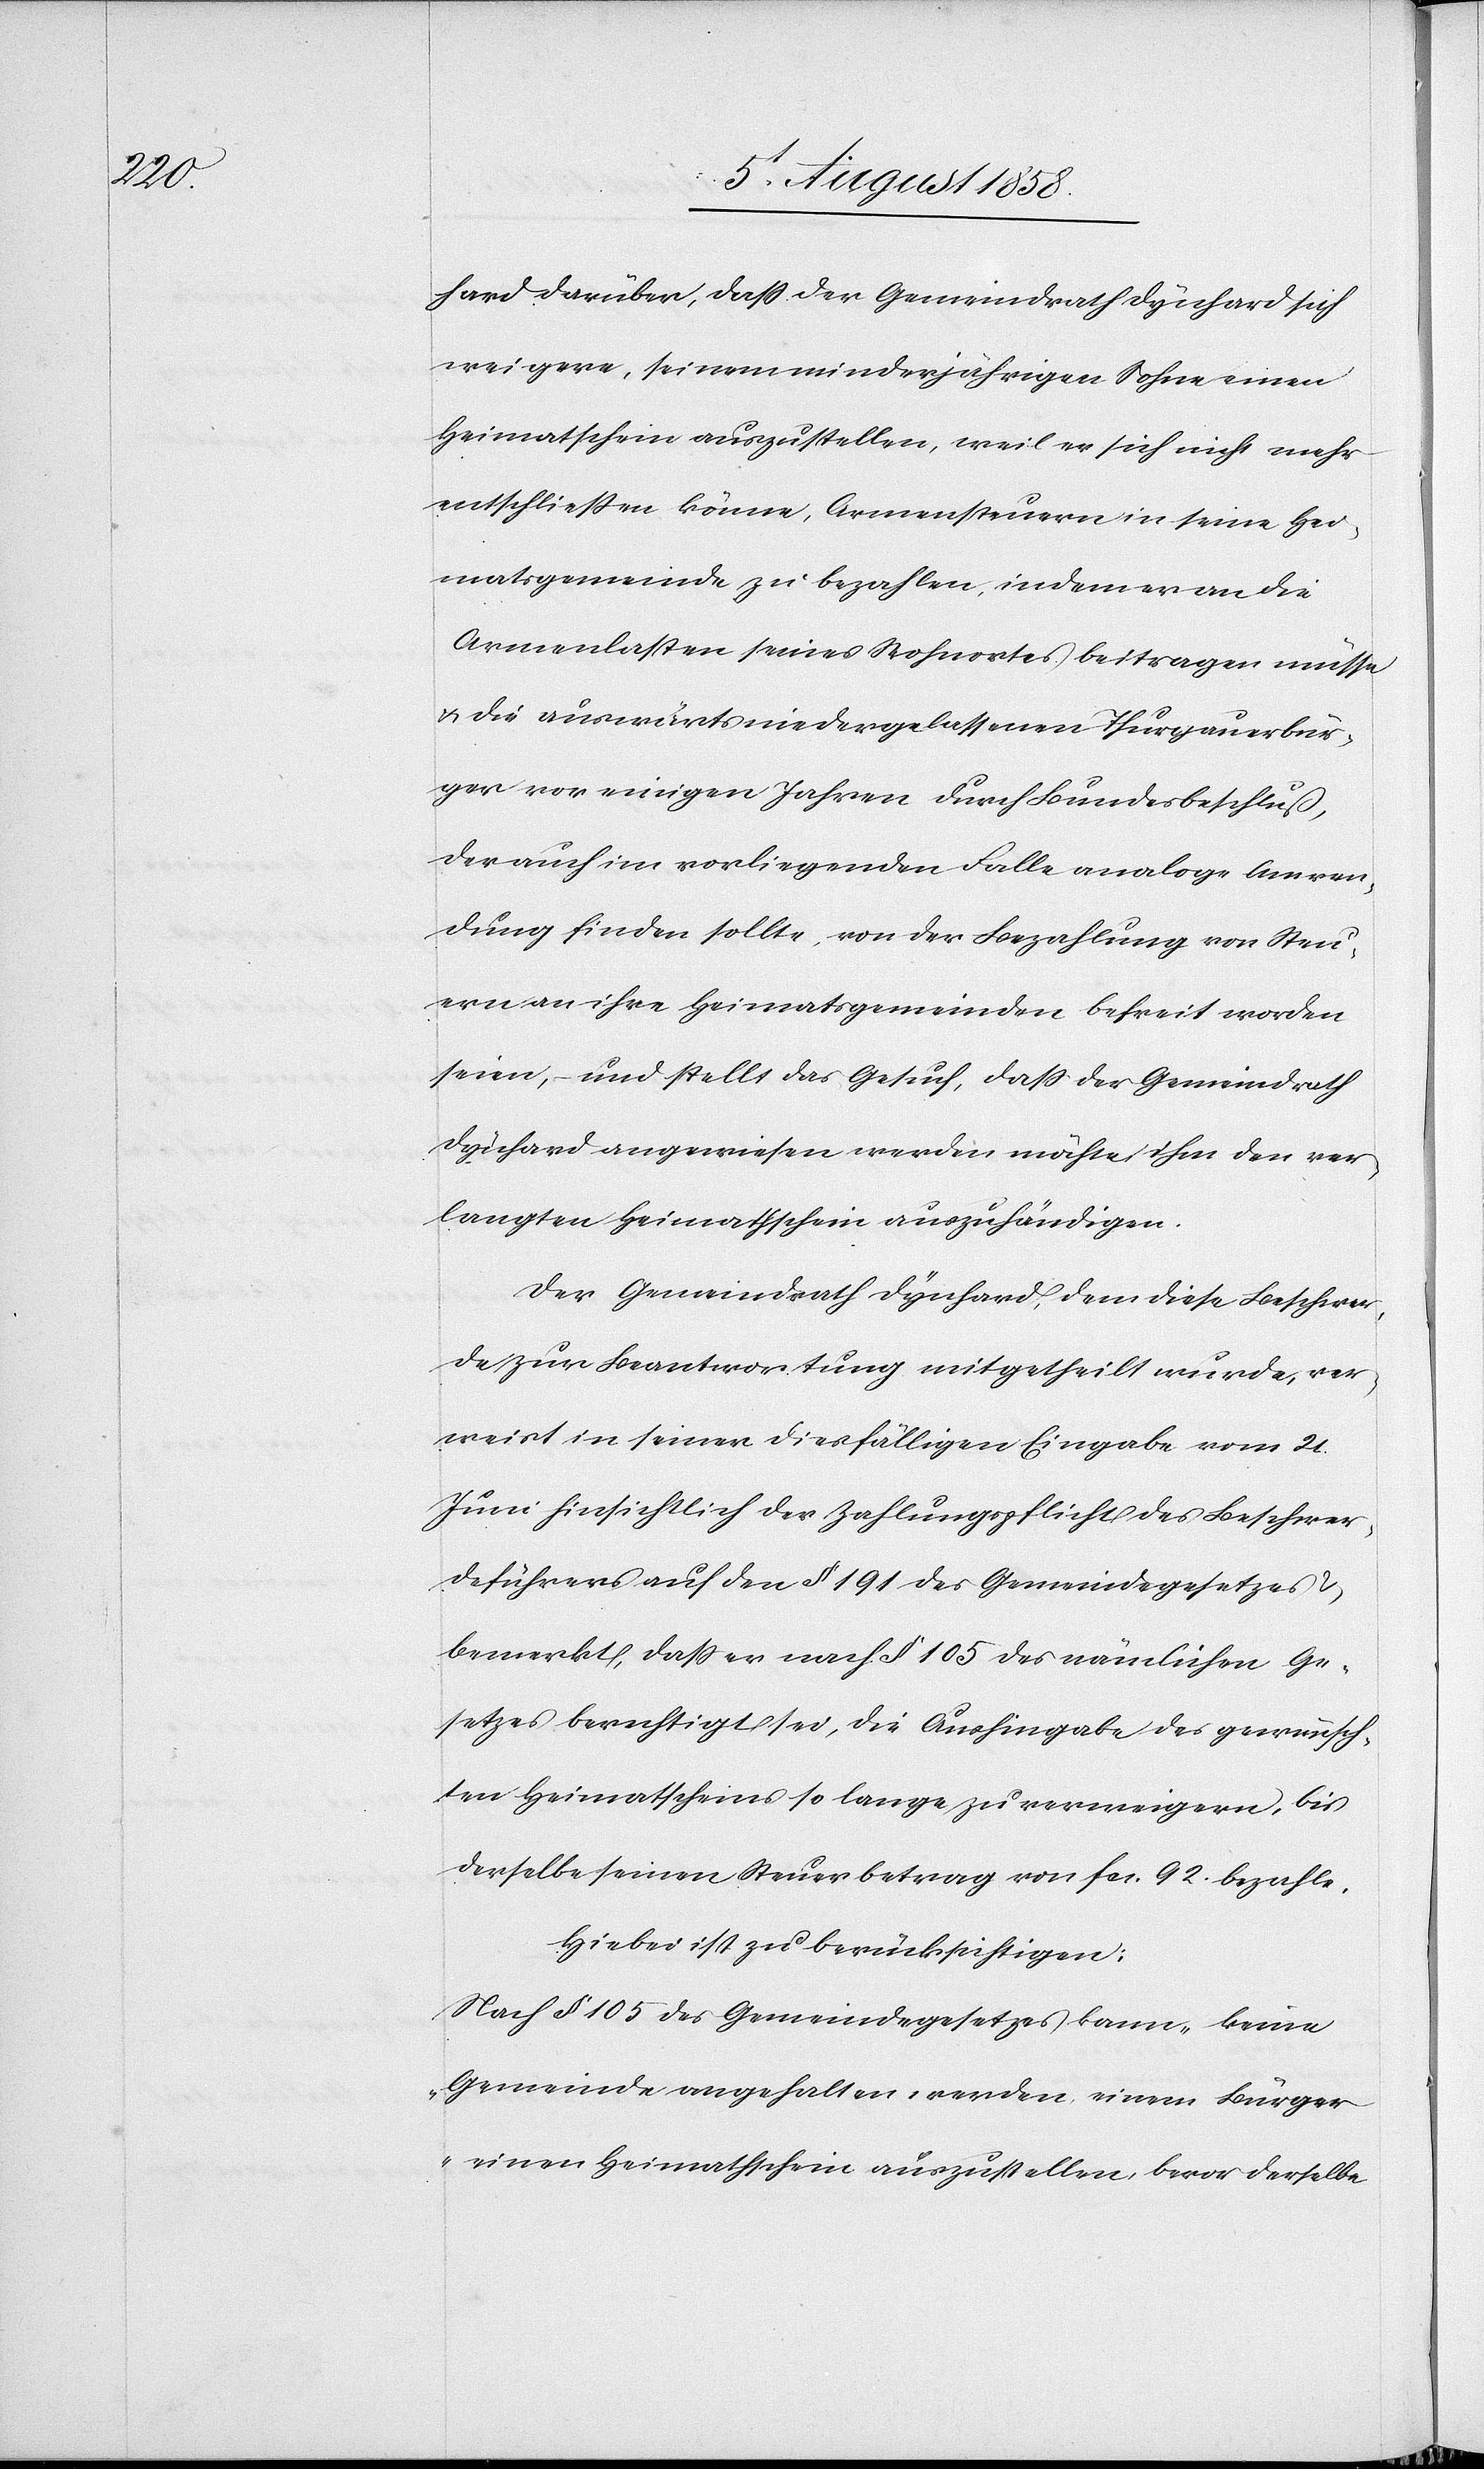
hard darüber, dass der Gemeindrath Dynhard sich
weigere, seinem minderjährigen Sohne einen
Heimatschein auszustellen, weil er sich nicht mehr
entschliessen könne, Armensteuern in seine Hei¬
matsgemeinde zu bezahlen, indem er an die
Armenlasten seines Wohnortes beitragen müsse
& die auswärts niedergelassenen Thurgauerbür¬
ger vor einigen Jahren durch Bundesbeschluß,
der auch im vorliegenden Falle analoge Anwen¬
dung finden sollte, von der Bezahlung von Steu¬
ern an ihre Heimatsgemeinden befreit worden
seien, – und stellt das Gesuch, dass der Gemeindrath
Dynhard angewiesen werden möchte, ihm den ver¬
langten Heimatschein auszuhändigen.
Der Gemeindrath Dynhard, dem diese Beschwer¬
de zur Beantwortung mitgetheilt wurde, ver¬
weist in seiner diesfälligen Eingabe vom 21.
Juni hinsichtlich der Zahlungspflicht des Beschwer¬
deführers auf den § 191 des Gemeindegesetzes
bemerkt, dass er nach § 105 des nämlichen Ge¬
setzes berechtigt sei, die Aushingabe des gewünsch¬
ten Heimatscheins so lange zu verweigern, bis
derselbe seinen Steuerbetrag von fcs. 92. bezahle.
Hiebei ist zu berücksichtigen:
Nach § 105 des Gemeindegesetzes kann „keine
Gemeinde angehalten werden, einem Bürger
einen Heimathschein auszustellen, bevor derselbe